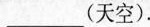
___(填空).